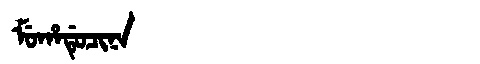
Manchu: ᠮᡠᡥᠠᡩᡠᠴᡳᠨᠠ
Romanization: MUHADUCINA